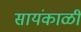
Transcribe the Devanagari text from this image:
सायंकाळीं